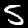
Label: 5